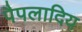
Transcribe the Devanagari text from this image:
पैपलादिय